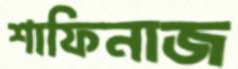
শাফিনাজ